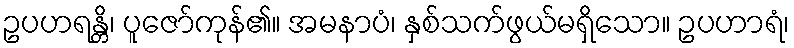
ဥပဟရန္တိ၊ ပူဇော်ကုန်၏။ အမနာပံ၊ နှစ်သက်ဖွယ်မရှိသော။ ဥပဟာရံ၊